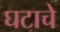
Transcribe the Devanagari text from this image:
घटाचे